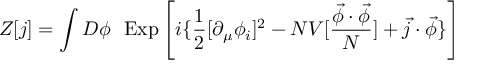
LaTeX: Z [ j ] = \int D \phi ~ ~ \mathrm { E x p } \left[ i \{ \frac { 1 } { 2 } [ \partial _ { \mu } \phi _ { i } ] ^ { 2 } - N V [ \frac { \vec { \phi } \cdot \vec { \phi } } { N } ] + \vec { j } \cdot \vec { \phi } \} \right]